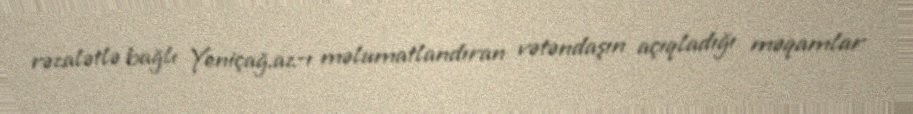
rəzalətlə bağlı Yeniçağ.az-ı məlumatlandıran vətəndaşın açıqladığı məqamlar